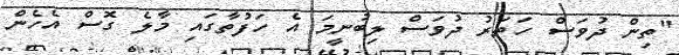
"ތިން ދުވަސް ހަތަރު ދުވަސް ލިބުނީމަ އެ ހަފުތާގައި މާލެ ގޮސް އެހެން